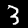
Label: 3